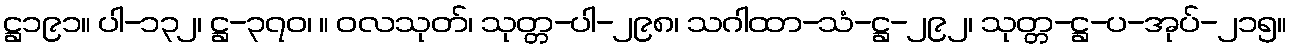
ဋ္ဌ၁၉၁။ ပါ-၁၃၂၊ ဋ္ဌ-၃၇၀၊ ။ ဝလသုတ်၊ သုတ္တ-ပါ-၂၉၈၊ သဂါထာ-သံ-ဋ္ဌ-၂၉၂၊ သုတ္တ-ဋ္ဌ-ပ-အုပ်-၂၁၅။